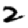
Digit: 2